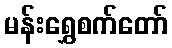
မန်းရွှေစက်တော်